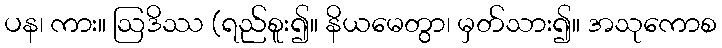
ပန၊ ကား။ ဩဒိဿ (ရည်စူး၍။ နိယမေတွာ၊ မှတ်သား၍။ အသုကောစ